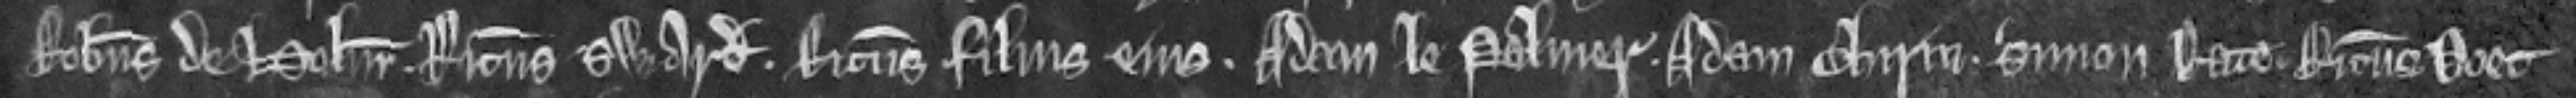
Robertus de Halur. Ricardus Sward. Ricardus filius ejus. Adam le Palmer. Adam Chirin Simon Rate Ricardus Doet